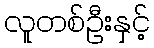
လူတစ်ဦးနှင့်